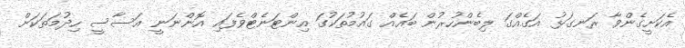
އެކަށީގެންވާ ރަނގަޅު އަގެއްގަ ލިބެންހުރުން ބައެއް ގައުމުތަކުގަ އިންޓަނެޓްވެފައި އޮންނަނީ އަސާސީ ހިދުމަތަކަށް